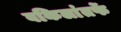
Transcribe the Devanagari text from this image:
वकिलांतर्फे